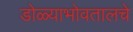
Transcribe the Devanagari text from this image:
डोळ्याभोवतालचे